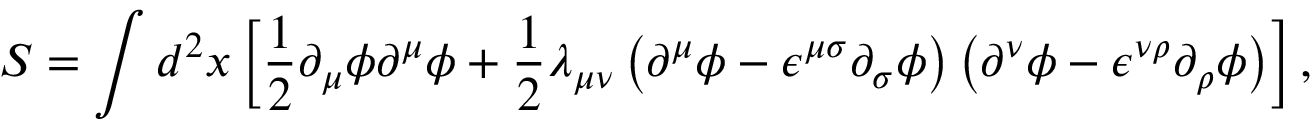
S = \int d ^ { 2 } x \left[ { \frac 1 2 } { \partial } _ { \mu } { \phi } { \partial } ^ { \mu } { \phi } + { \frac 1 2 } { \lambda } _ { { \mu } { \nu } } \left( { \partial } ^ { \mu } { \phi } - { \epsilon } ^ { { \mu } { \sigma } } { \partial } _ { \sigma } { \phi } \right) \left( { \partial } ^ { \nu } { \phi } - { \epsilon } ^ { { \nu } { \rho } } { \partial } _ { \rho } { \phi } \right) \right] ,